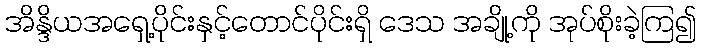
အိန္ဒိယအရှေ့ပိုင်းနှင့်တောင်ပိုင်းရှိ ဒေသ အချို့ကို အုပ်စိုးခဲ့ကြ၍